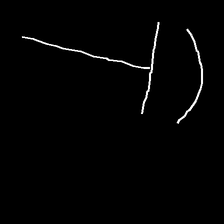
Glyph: dispersion